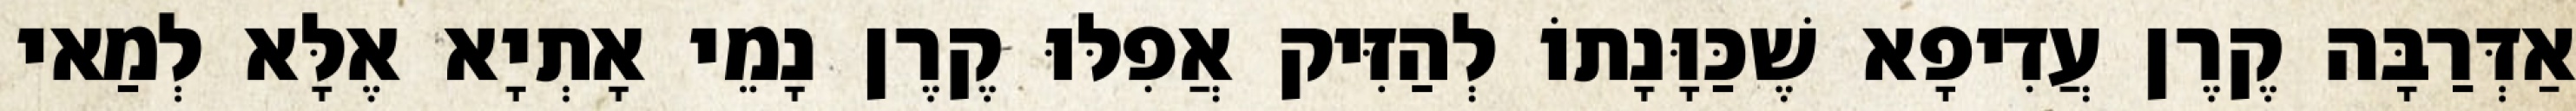
אַדְּרַבָּה קֶרֶן עֲדִיפָא שֶׁכַּוָּנָתוֹ לְהַזִּיק אֲפִלּוּ קֶרֶן נָמֵי אָתְיָא אֶלָּא לְמַאי